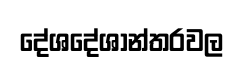
දේශදේශාන්තරවල